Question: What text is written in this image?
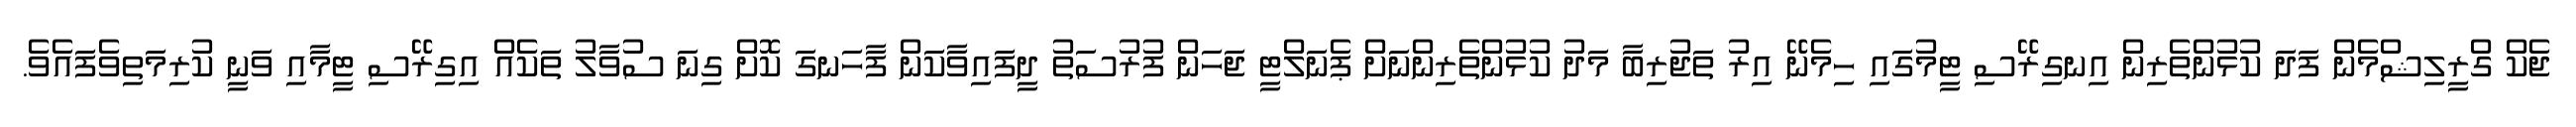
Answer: ޖެކް ގްރީލިޝްމެން ފަދަ ކުޅުންތެރިން އިނގިރޭސި ޓީމުގައި ހިމެނޭ އިރު ތަޖުރިބާ މަދު ކުޅުންތެރިންނަށް ޕެނަލްޓީ ޖަހަން ފުރުސަތު ދީފައިވާކަން ފާހަނގަ ކޮށް ގިނަ ސުވާލު ތަކެއް އިގިރޭސި ޓީމާއި ވަނީ ކުރިމަތިވެފައެވެ.